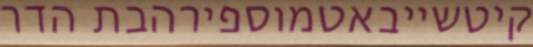
קיטשייבאטמוספירהבת הדר